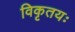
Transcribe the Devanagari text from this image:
विकृतयः